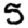
Digit: 5